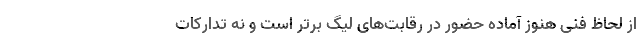
از لحاظ فنی هنوز آماده حضور در رقابت‌های لیگ برتر است و نه تدارکات